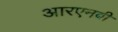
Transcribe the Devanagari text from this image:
आरएनबी